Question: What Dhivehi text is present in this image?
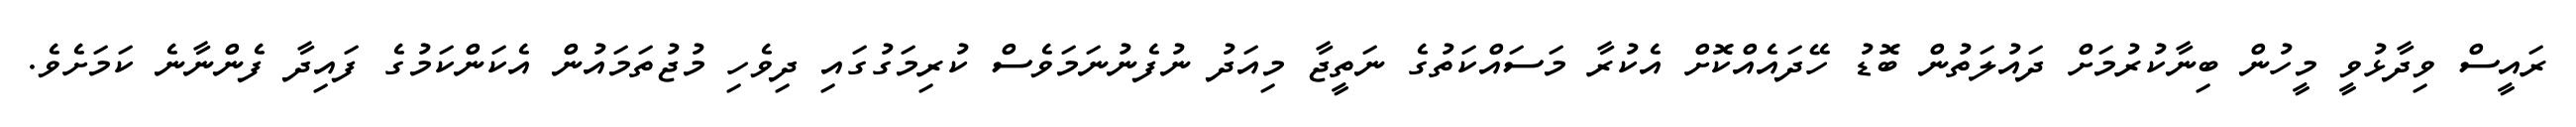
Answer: ރައީސް ވިދާޅުވީ މީހުން ބިނާކުރުމަށް ދައުލަތުން ބޮޑު ހޭދައެއްކޮށް އެކުރާ މަސައްކަތުގެ ނަތީޖާ މިއަދު ނުފެނުނަމަވެސް ކުރިމަގުގައި ދިވެހި މުޖުތަމައުން އެކަންކަމުގެ ފައިދާ ފެންނާނެ ކަމަށެވެ.